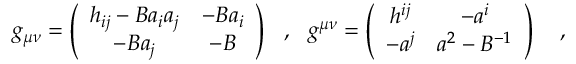
g _ { \mu \nu } = \left( \begin{array} { c c } { { h _ { i j } - B a _ { i } a _ { j } } } & { { - B a _ { i } } } \\ { { - B a _ { j } } } & { { - B } } \end{array} \right) ~ ~ , ~ ~ g ^ { \mu \nu } = \left( \begin{array} { c c } { { h ^ { i j } } } & { { - a ^ { i } } } \\ { { - a ^ { j } } } & { { a ^ { 2 } - B ^ { - 1 } } } \end{array} \right) ~ ~ ~ ,